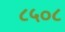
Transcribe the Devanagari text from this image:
८५०८